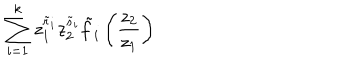
\sum _ { i = 1 } ^ { k } z _ { 1 } ^ { \tilde { r } _ { i } } z _ { 2 } ^ { \tilde { s } _ { i } } \tilde { f } _ { i } \left( \frac { z _ { 2 } } { z _ { 1 } } \right)